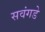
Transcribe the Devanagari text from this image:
सवंगडे